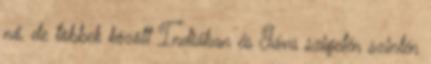
nő, de többek között Indiában és Jáva szigetén szintén